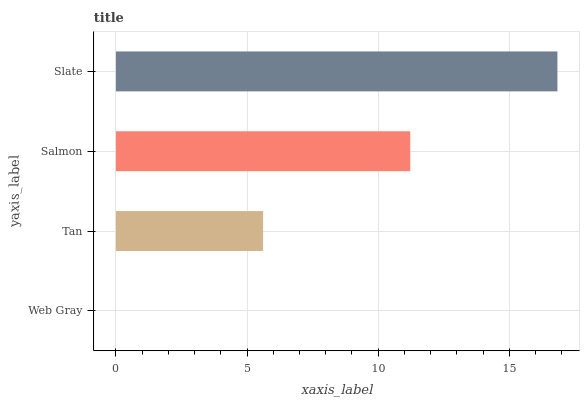
| yaxis_label | bars |
 | --- | --- |
 | Web Gray | 0 |
 | Tan | 5.61 |
 | Salmon | 11.2 |
 | Slate | 16.8 |